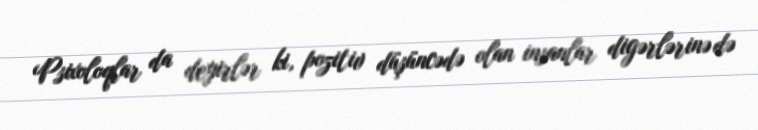
Psixoloqlar da deyirlər ki, pozitiv düşüncədə olan insanlar digərlərinə də